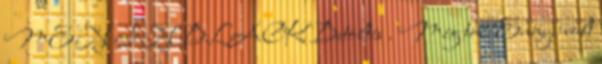
MEN IN BLACK Betöltés . Még több Ennyi volt